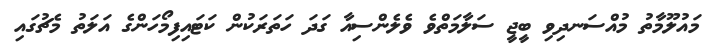
މައުލޫމާތު މުއްސަނދިވި ބީޖީ ސަލާމަތްވެ ވެލެންސިއާ ގަދަ ހަތަރަކުން ކަޓައިފިމޯހަންގެ އަލަތު މެޗުގައި